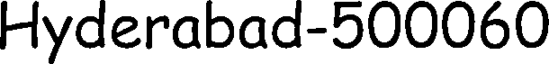
Hyderabad-500060